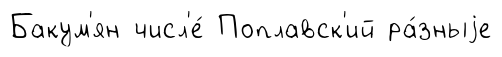
Бакум'ян числ'е́ Поплавск'ий ра́зныjе